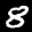
Label: 8